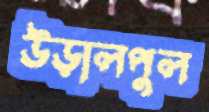
উড়ালপুল